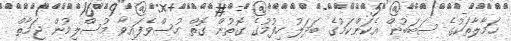
ހަމާލާތަކުގެ ސަބަބުން އެކަންކަމުގެ ބަދަލު ހިފުމުގެ ގޮތުން ގޮތް ހުސްވެފައިވާ މުސްލިމުން ޖަމާތް